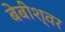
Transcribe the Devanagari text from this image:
बेबीश्वर